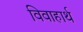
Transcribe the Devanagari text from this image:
विवाहार्थ